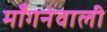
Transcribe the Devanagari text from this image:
माँगनेवाली